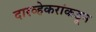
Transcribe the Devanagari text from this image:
दारव्हेकरांकडून